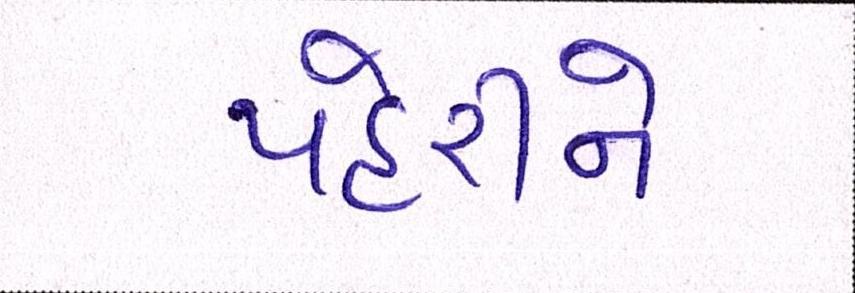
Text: પહેરીને